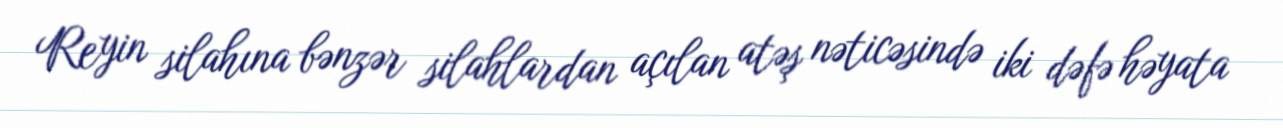
Reyin silahına bənzər silahlardan açılan atəş nəticəsində iki dəfə həyata